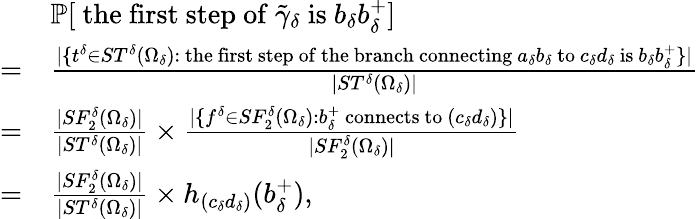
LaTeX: \begin{array}{rl}&{\mathbb{P}[\mathrm{~the~first~step~of~}\tilde{\gamma}_{\delta}\mathrm{~is~}b_{\delta}b_{\delta}^{+}]}\\ {=}&{\frac{|\{ t^{\delta}\in ST^{\delta}(\Omega_{\delta}):\mathrm{~the~first~step~of~the~branch~connecting~}a_{\delta}b_{\delta}\mathrm{~to~}c_{\delta}d_{\delta}\mathrm{~is~}b_{\delta}b_{\delta}^{+}\} |}{|ST^{\delta}(\Omega_{\delta})|}}\\ {=}&{\frac{|SF_{2}^{\delta}(\Omega_{\delta})|}{|ST^{\delta}(\Omega_{\delta})|}\times\frac{|\{ f^{\delta}\in SF_{2}^{\delta}(\Omega_{\delta}):b_{\delta}^{+}\mathrm{~connects~to~}(c_{\delta}d_{\delta})\} |}{|SF_{2}^{\delta}(\Omega_{\delta})|}}\\ {=}&{\frac{|SF_{2}^{\delta}(\Omega_{\delta})|}{|ST^{\delta}(\Omega_{\delta})|}\times h_{(c_{\delta}d_{\delta})}(b_{\delta}^{+}),}\end{array}